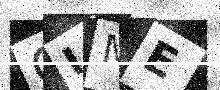
Text: QIME